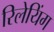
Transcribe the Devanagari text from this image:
रिलेयिंग